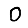
Digit: 0